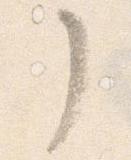
了